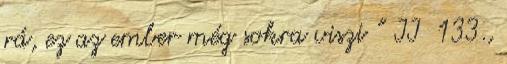
rá, ez az ember még sokra viszi ” II 133.,